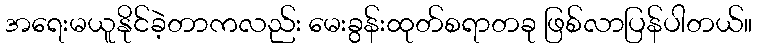
အရေးမယူနိုင်ခဲ့တာကလည်း မေးခွန်းထုတ်စရာတခု ဖြစ်လာပြန်ပါတယ်။